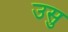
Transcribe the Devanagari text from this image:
उसु